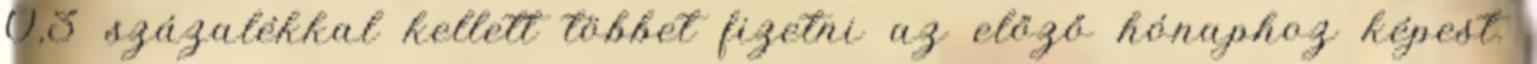
0,3 százalékkal kellett többet fizetni az előző hónaphoz képest.